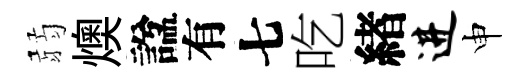
弱燠諡有七吃緖进申